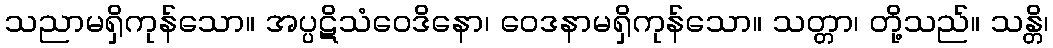
သညာမရှိကုန်သော။ အပ္ပဋိသံဝေဒိနော၊ ဝေဒနာမရှိကုန်သော။ သတ္တာ၊ တို့သည်။ သန္တိ၊